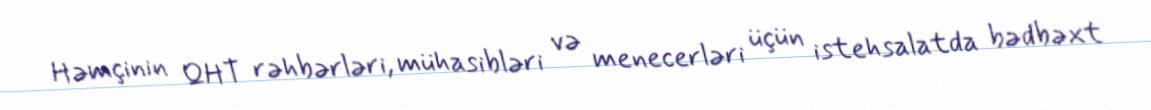
Həmçinin QHT rəhbərləri, mühasibləri və menecerləri üçün istehsalatda bədbəxt